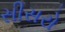
સીસરો